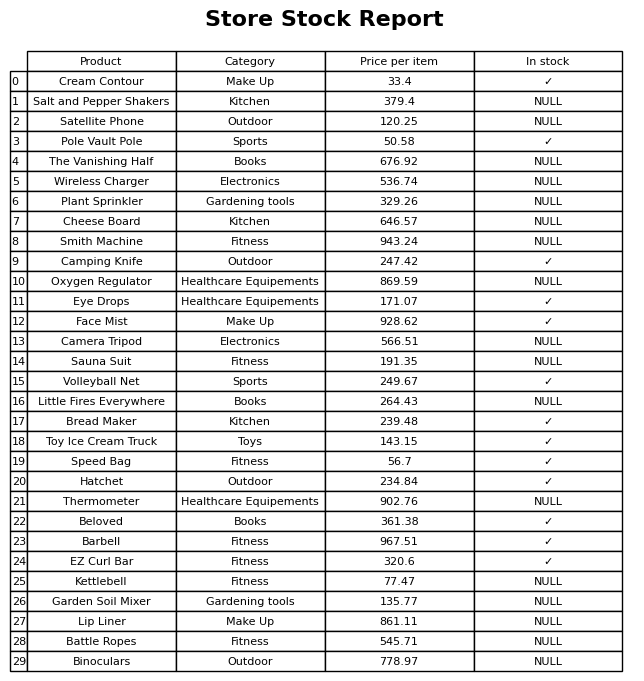
question: Which products are available in stock?
answer: Cream Contour, Pole Vault Pole, Camping Knife, Eye Drops, Face Mist, Volleyball Net, Bread Maker, Toy Ice Cream Truck, Speed Bag, Hatchet, Beloved, Barbell, EZ Curl Bar